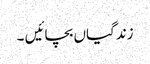
زندگیاں بچائیں ۔